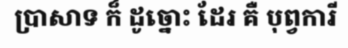
ប្រាសាទ ក៏ ដូច្នោះ ដែរ គឺ បុព្វការី